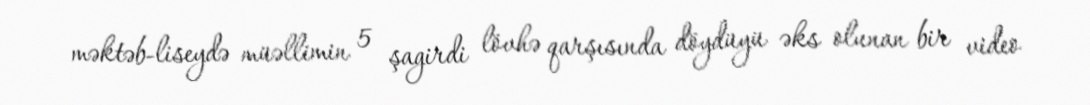
məktəb-liseydə müəllimin 5 şagirdi lövhə qarşısında döydüyü əks olunan bir video